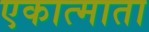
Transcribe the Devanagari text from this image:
एकात्माता